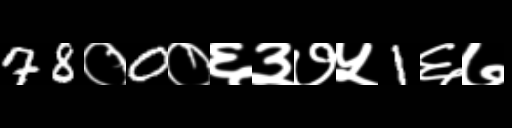
Text: 78०0०६३७५1६७